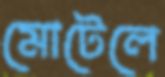
মোটেলে